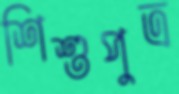
শিশুপুত্র